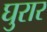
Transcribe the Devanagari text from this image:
घुरार